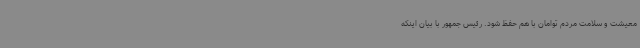
معیشت و سلامت مردم توامان با هم حفظ شود. رئیس جمهور با بیان اینکه